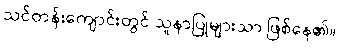
သင်တန်းကျောင်းတွင် သူနာပြုများသာ ဖြစ်နေ၏။